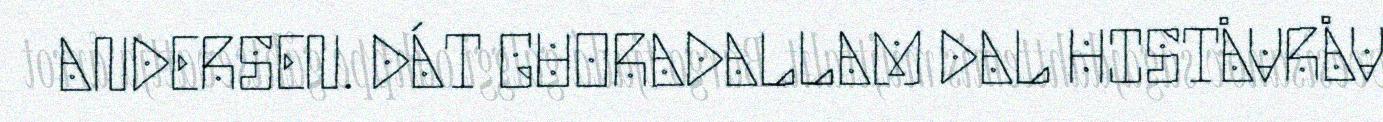
ANDERSEN. DÁT GUORADALLAM DAL HISTÅVRÅV